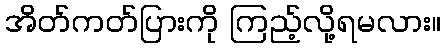
အိတ်ကတ်ပြားကို ကြည့်လို့ရမလား။